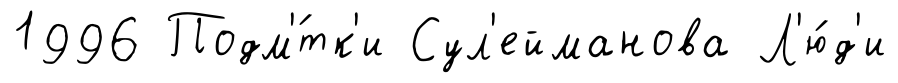
1996 Подм'́тк'и Сул'ейманова Л'ю́д'и